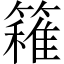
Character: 𥴢